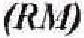
(RM)